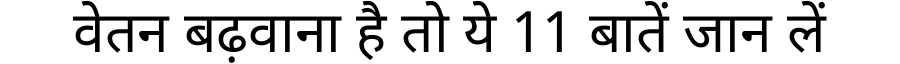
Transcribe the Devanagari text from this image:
वेतन बढ़वाना है तो ये 11 बातें जान लें